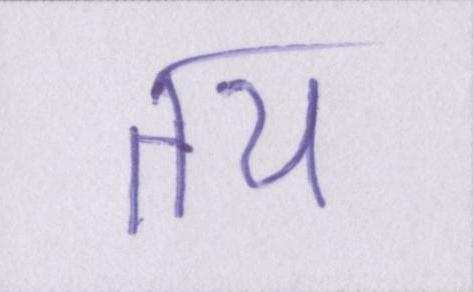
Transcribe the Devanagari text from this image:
तय